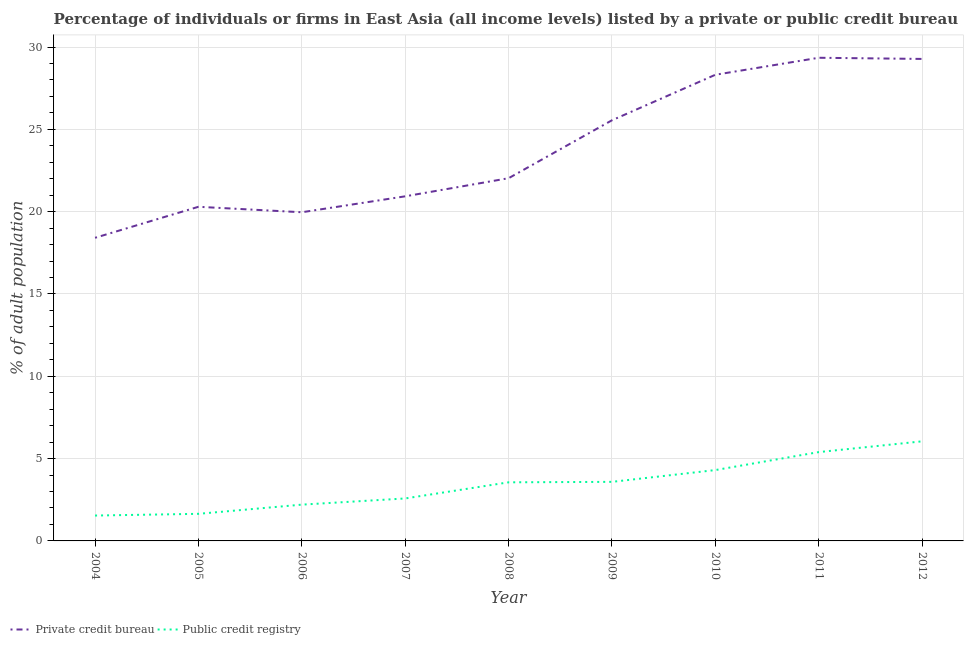
| Year | Private credit bureau | Public credit registry |
 | --- | --- | --- |
 | 2004 | 18.4 | 1.54 |
 | 2005 | 20.3 | 1.65 |
 | 2006 | 20 | 2.2 |
 | 2007 | 20.9 | 2.58 |
 | 2008 | 22 | 3.56 |
 | 2009 | 25.6 | 3.59 |
 | 2010 | 28.3 | 4.3 |
 | 2011 | 29.3 | 5.4 |
 | 2012 | 29.3 | 6.05 |